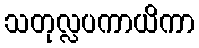
သတုလ္လပကာယိကာ